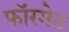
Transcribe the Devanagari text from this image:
फॉरमेन